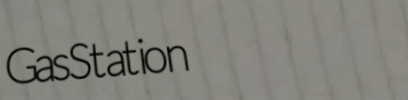
GasStation